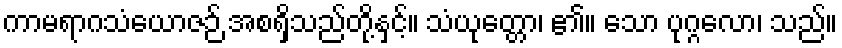
ကာမရာဂသံယောဇဉ် အစရှိသည်တို့နှင့်။ သံယုတ္တော၊ ၏။ သော ပုဂ္ဂလော၊ သည်။